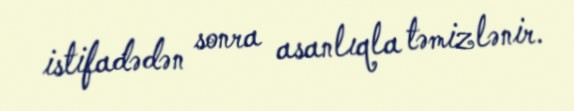
istifadədən sonra asanlıqla təmizlənir.